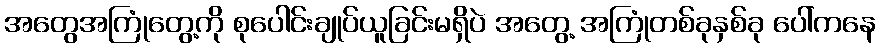
အတွေအကြုံတွေ့ကို စုပေါင်းချုပ်ယူခြင်းမရှိပဲ အတွေ့ အကြုံတစ်ခုနှစ်ခု ပေါ်ကနေ